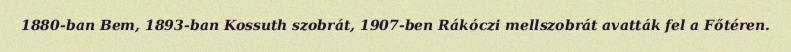
1880-ban Bem, 1893-ban Kossuth szobrát, 1907-ben Rákóczi mellszobrát avatták fel a Főtéren.